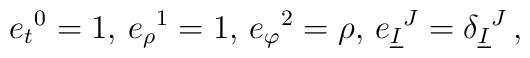
e_{t}{}^{0}=1,\, e_{\rho}{}^{1}=1,\, e_{\varphi}{}^{2}=\rho,\,e_{\underline{I}}{}^{J}=\delta_{\underline{I}}{}^{J}\, ,